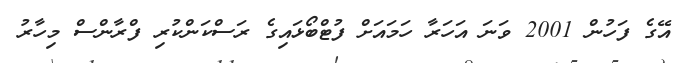
އޭގެ ފަހުން 2001 ވަނަ އަހަރާ ހަަމައަށް ފުޓްބޯޅައިގެ ރަސްކަންކުރި ފްރާންސް މިހާރު